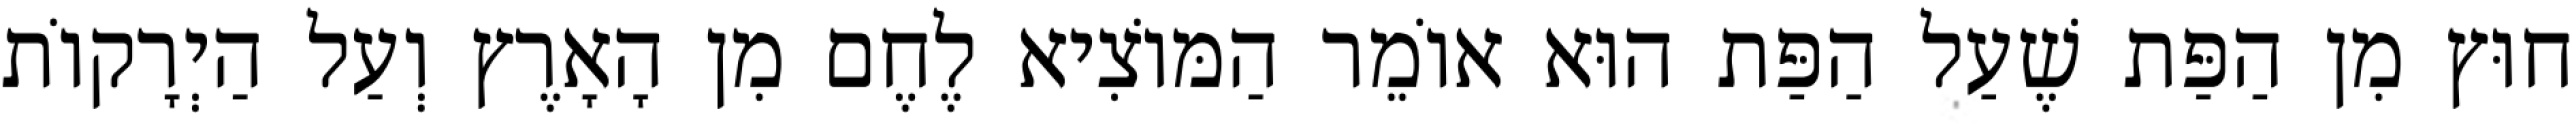
חוּץ מִן הַפַּת שֶׁעַל הַפַּת הוּא אוֹמֵר הַמּוֹצִיא לֶחֶם מִן הָאָרֶץ וְעַל הַיְרָקוֹת